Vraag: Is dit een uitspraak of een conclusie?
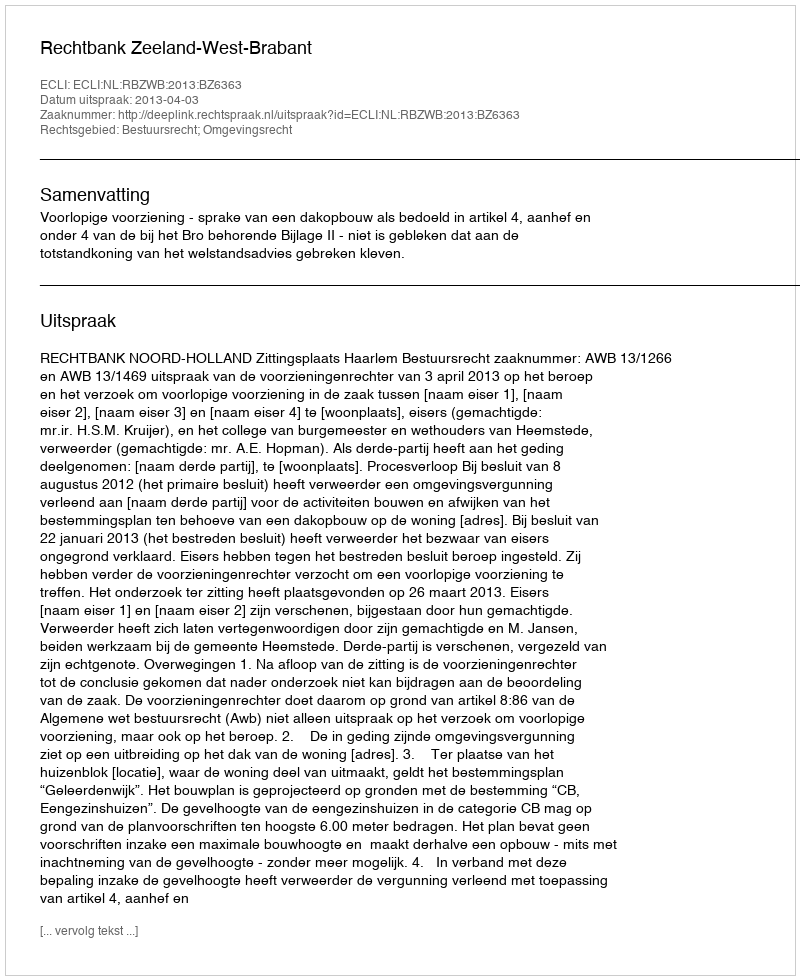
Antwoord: Uitspraak